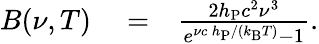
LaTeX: \begin{array}{rlr}{B(\nu,T)}&{{}=}&{\frac{2h_{\mathrm{P}}c^{2}\nu^{3}}{e^{\nu c\, h_{\mathrm{P}}/(k_{\mathrm{B}}T)}-1}.}\end{array}